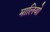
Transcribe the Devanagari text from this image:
मालियो